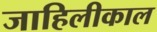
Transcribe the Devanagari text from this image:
जाहिलीकाल